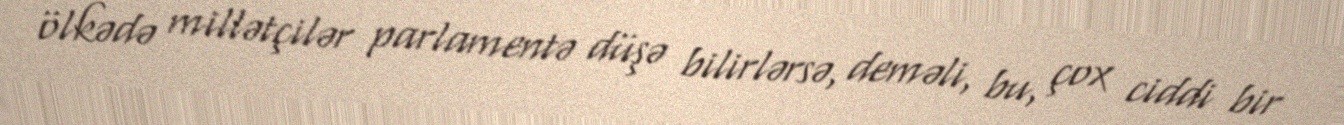
ölkədə millətçilər parlamentə düşə bilirlərsə, deməli, bu, çox ciddi bir